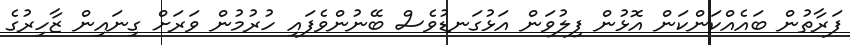
ފަރާތުން ބައެއްކަންކަން އޮޅުން ފިލުވަން އަޅުގަނޑުވެސް ބޭނުންވެފައި ހުރުމުން ވަރަށް ގިނައިން ޒާހިރުގެ